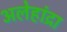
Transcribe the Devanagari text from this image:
अलेहांद्रा